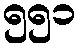
၅၅၁